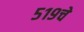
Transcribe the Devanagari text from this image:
५१९चे